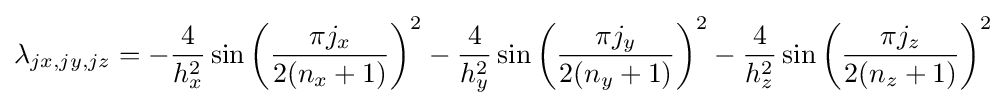
\lambda _{jx,jy,jz}=-{\frac {4}{h_{x}^{2}}}\sin \left({\frac {\pi j_{x}}{2(n_{x}+1)}}\right)^{2}-{\frac {4}{h_{y}^{2}}}\sin \left({\frac {\pi j_{y}}{2(n_{y}+1)}}\right)^{2}-{\frac {4}{h_{z}^{2}}}\sin \left({\frac {\pi j_{z}}{2(n_{z}+1)}}\right)^{2}